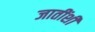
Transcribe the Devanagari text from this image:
जातींशी